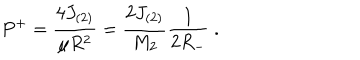
P ^ { + } = \frac { 4 J _ { ( 2 ) } } { \mu R ^ { 2 } } = \frac { 2 J _ { ( 2 ) } } { M _ { 2 } } \frac { 1 } { 2 R _ { - } } ~ .